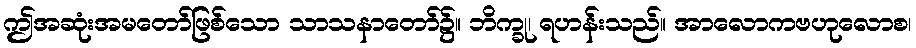
ဤအဆုံးအမတော်ဖြစ်သော သာသနာတော်၌။ ဘိက္ခု၊ ရဟန်းသည်။ အာလောကဗဟုလောစ၊